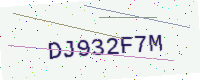
Text: DJ932F7M